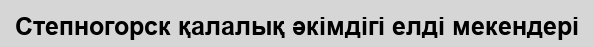
Степногорск қалалық әкімдігі елді мекендері